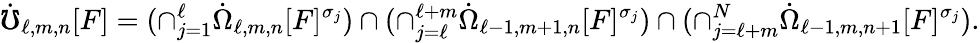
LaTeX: \dot{\mho}_{\ell,m,n}[F]=(\cap_{j=1}^{\ell}\dot{\Omega}_{\ell,m,n}[F]^{\sigma_{j}})\cap(\cap_{j=\ell}^{\ell+m}\dot{\Omega}_{\ell-1,m+1,n}[F]^{\sigma_{j}})\cap(\cap_{j=\ell+m}^{N}\dot{\Omega}_{\ell-1,m,n+1}[F]^{\sigma_{j}}).